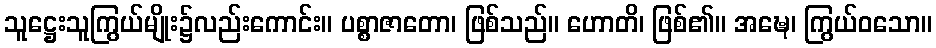
သူဋ္ဌေးသူကြွယ်မျိုး၌လည်းကောင်း။ ပစ္စာဇာတော၊ ဖြစ်သည်။ ဟောတိ၊ ဖြစ်၏။ အဍ္ဎေ၊ ကြွယ်ဝသော။